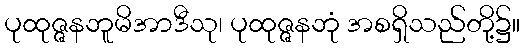
ပုထုဇ္ဇနဘူမိအာဒီသု၊ ပုထုဇ္ဇနဘုံ အစရှိသည်တို့၌။